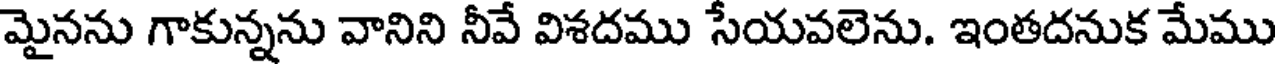
మైనను గాకున్నను వానిని నీవే విశదము సేయవలెను. ఇంతదనుక మేము